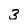
Character: 3